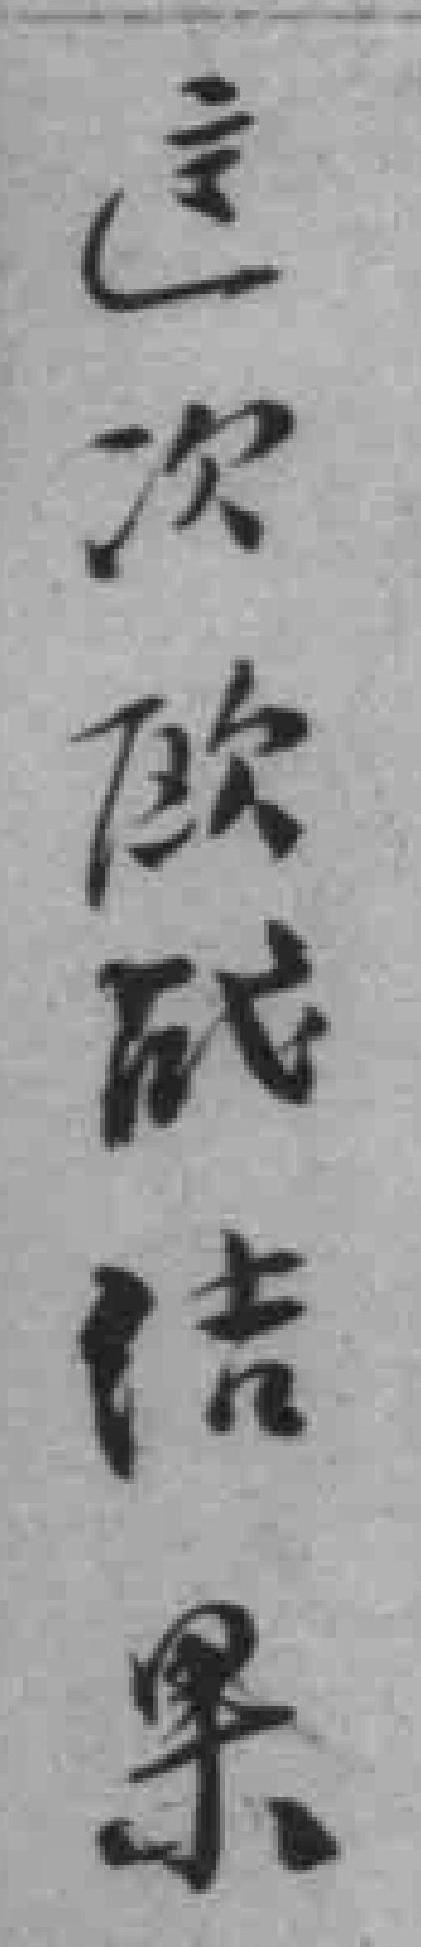
這次欧战结果